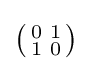
{\bigl (}{\begin{smallmatrix}0&1\\1&0\end{smallmatrix}}{\bigr )}